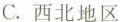
C.西北地区